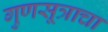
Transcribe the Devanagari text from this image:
गुणसूत्राचा